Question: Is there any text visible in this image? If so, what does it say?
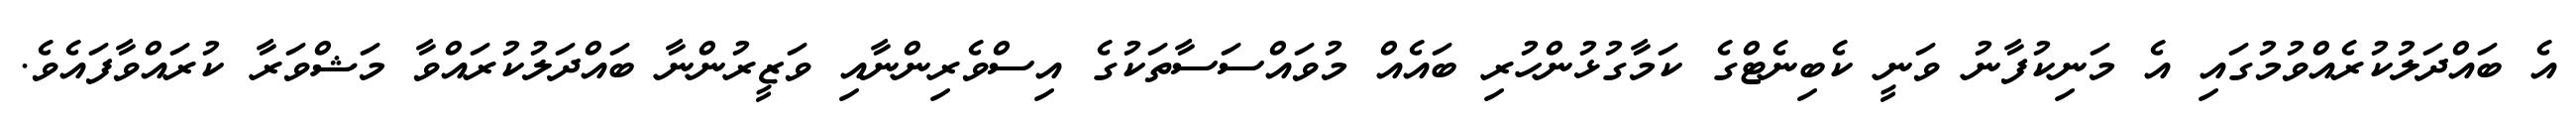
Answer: އެ ބައްދަލުކުރެއްވުމުގައި އެ މަނިކުފާނު ވަނީ ކެބިނެޓްގެ ކަމާގުޅުންހުރި ބައެއް މުވައްސަސާތަކުގެ އިސްވެރިންނާއި ވަޒީރުންނާ ބައްދަލުކުރައްވާ މަޝްވަރާ ކުރައްވާފައެވެ.